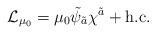
LaTeX: \begin{align*}{\cal L}_{\mu_0}=\mu_0\tilde{\psi}_{\tilde{a}}\chi^{\tilde{a}}+{\rm h.c.}\end{align*}